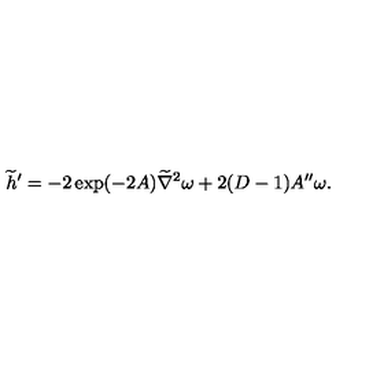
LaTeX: { \widetilde h } ^ { \prime } = - 2 \exp ( - 2 A ) { \widetilde \nabla } ^ { 2 } \omega + 2 ( D - 1 ) A ^ { \prime \prime } \omega .